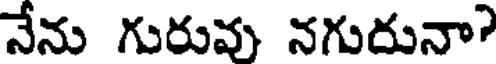
నేను గురువు నగుదునా?